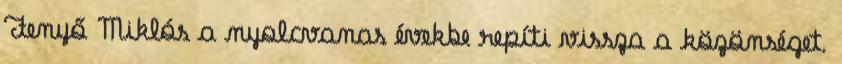
Fenyő Miklós a nyolcvanas évekbe repíti vissza a közönséget.